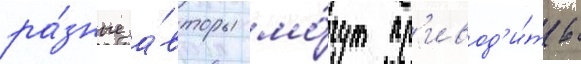
ра́зные а́вторы мо́гут пр'ивод'и́ть